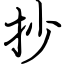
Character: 抄